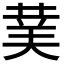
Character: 𮏖